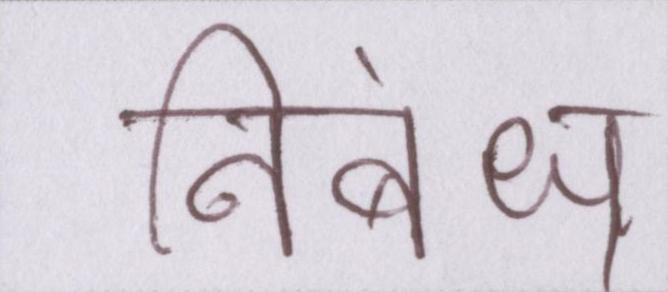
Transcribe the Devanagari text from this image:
निबंध्